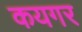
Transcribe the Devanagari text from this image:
कयगर